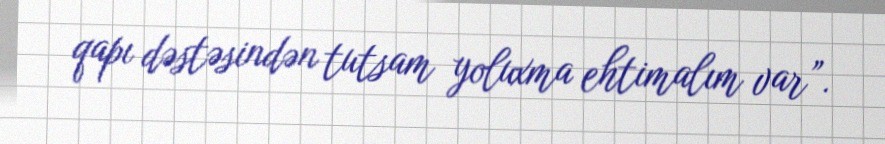
qapı dəstəsindən tutsam yoluxma ehtimalım var”.